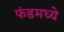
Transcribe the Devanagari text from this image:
फंडमध्ये